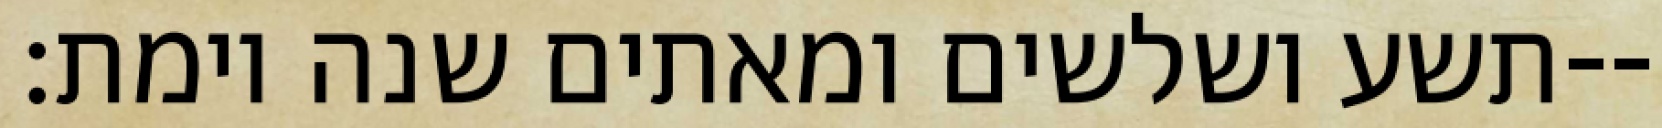
תשע ושלשים ומאתים שנה וימת׃--